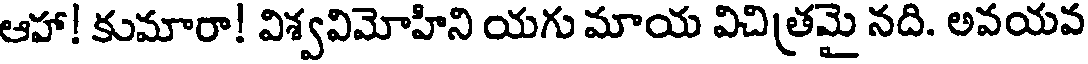
ఆహా! కుమారా! విశ్వవిమోహిని యగు మాయ విచిత్రమై నది. అవయవ